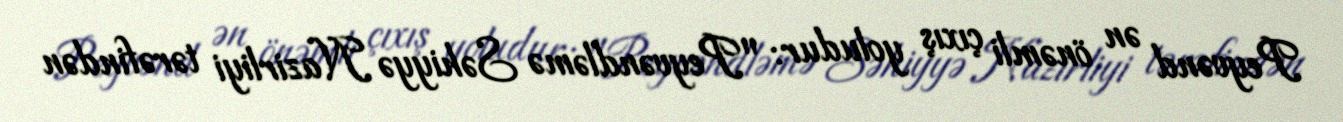
Peyvənd ən önəmli çıxış yoludur: "Peyvəndləmə Səhiyyə Nazirliyi tərəfindən